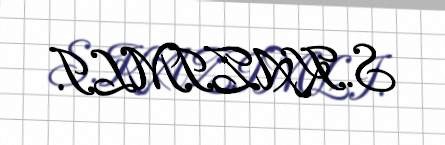
S.KAZIMLI.